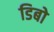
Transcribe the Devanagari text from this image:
डिबो